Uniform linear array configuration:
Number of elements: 16
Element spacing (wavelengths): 1
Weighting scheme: hamming
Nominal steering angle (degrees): -15
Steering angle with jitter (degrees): -15.888
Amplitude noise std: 0.05
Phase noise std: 0.05

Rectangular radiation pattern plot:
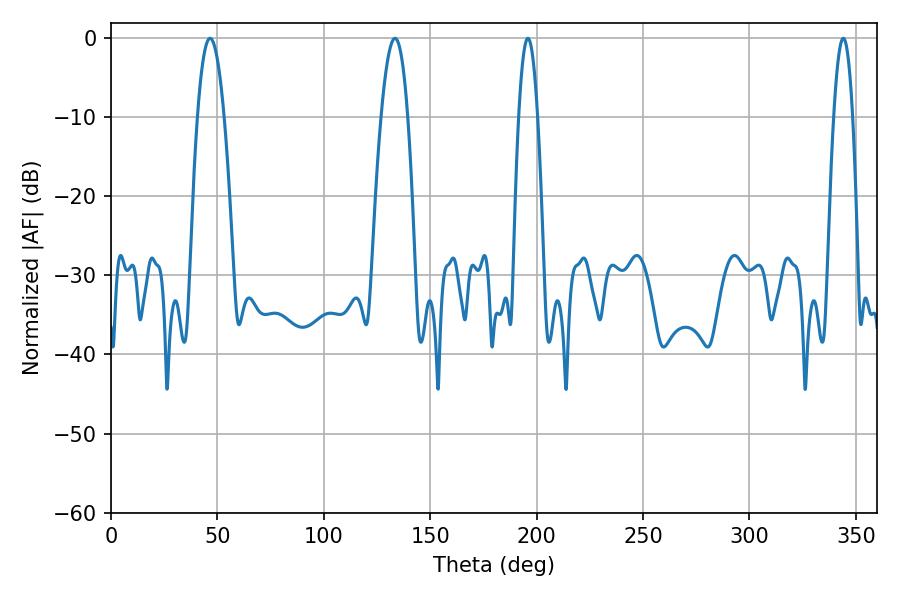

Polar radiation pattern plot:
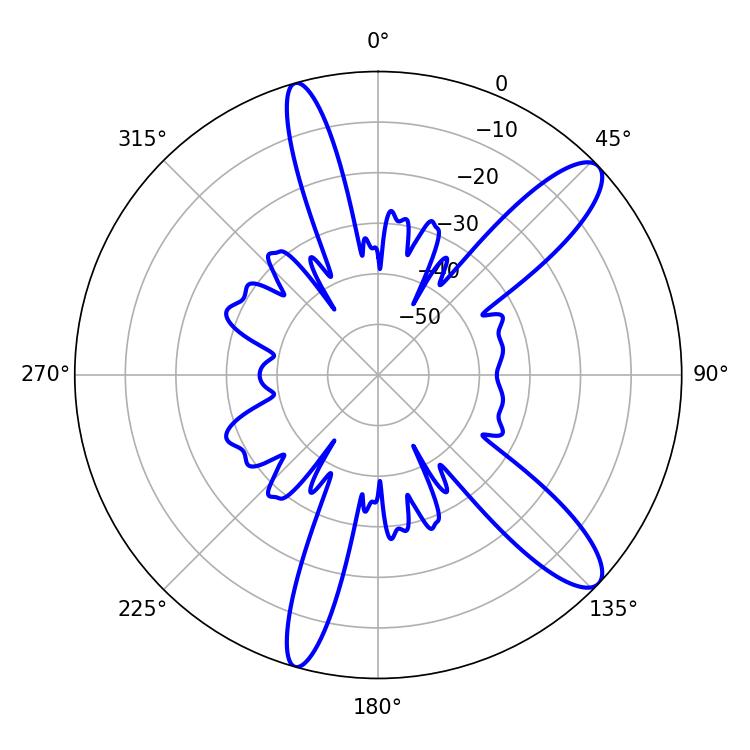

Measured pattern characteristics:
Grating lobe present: TRUE
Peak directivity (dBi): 11.638
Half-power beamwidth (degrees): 6.84
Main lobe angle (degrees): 46.62